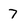
Character: 7